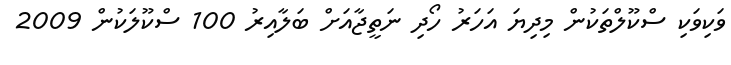
ވަކިވަކި ސްކޫލްތަކުން މިދިޔަ އަހަރު ހޯދި ނަތީޖާއަށް ބަލާއިރު 100 ސްކޫލަކުން 2009